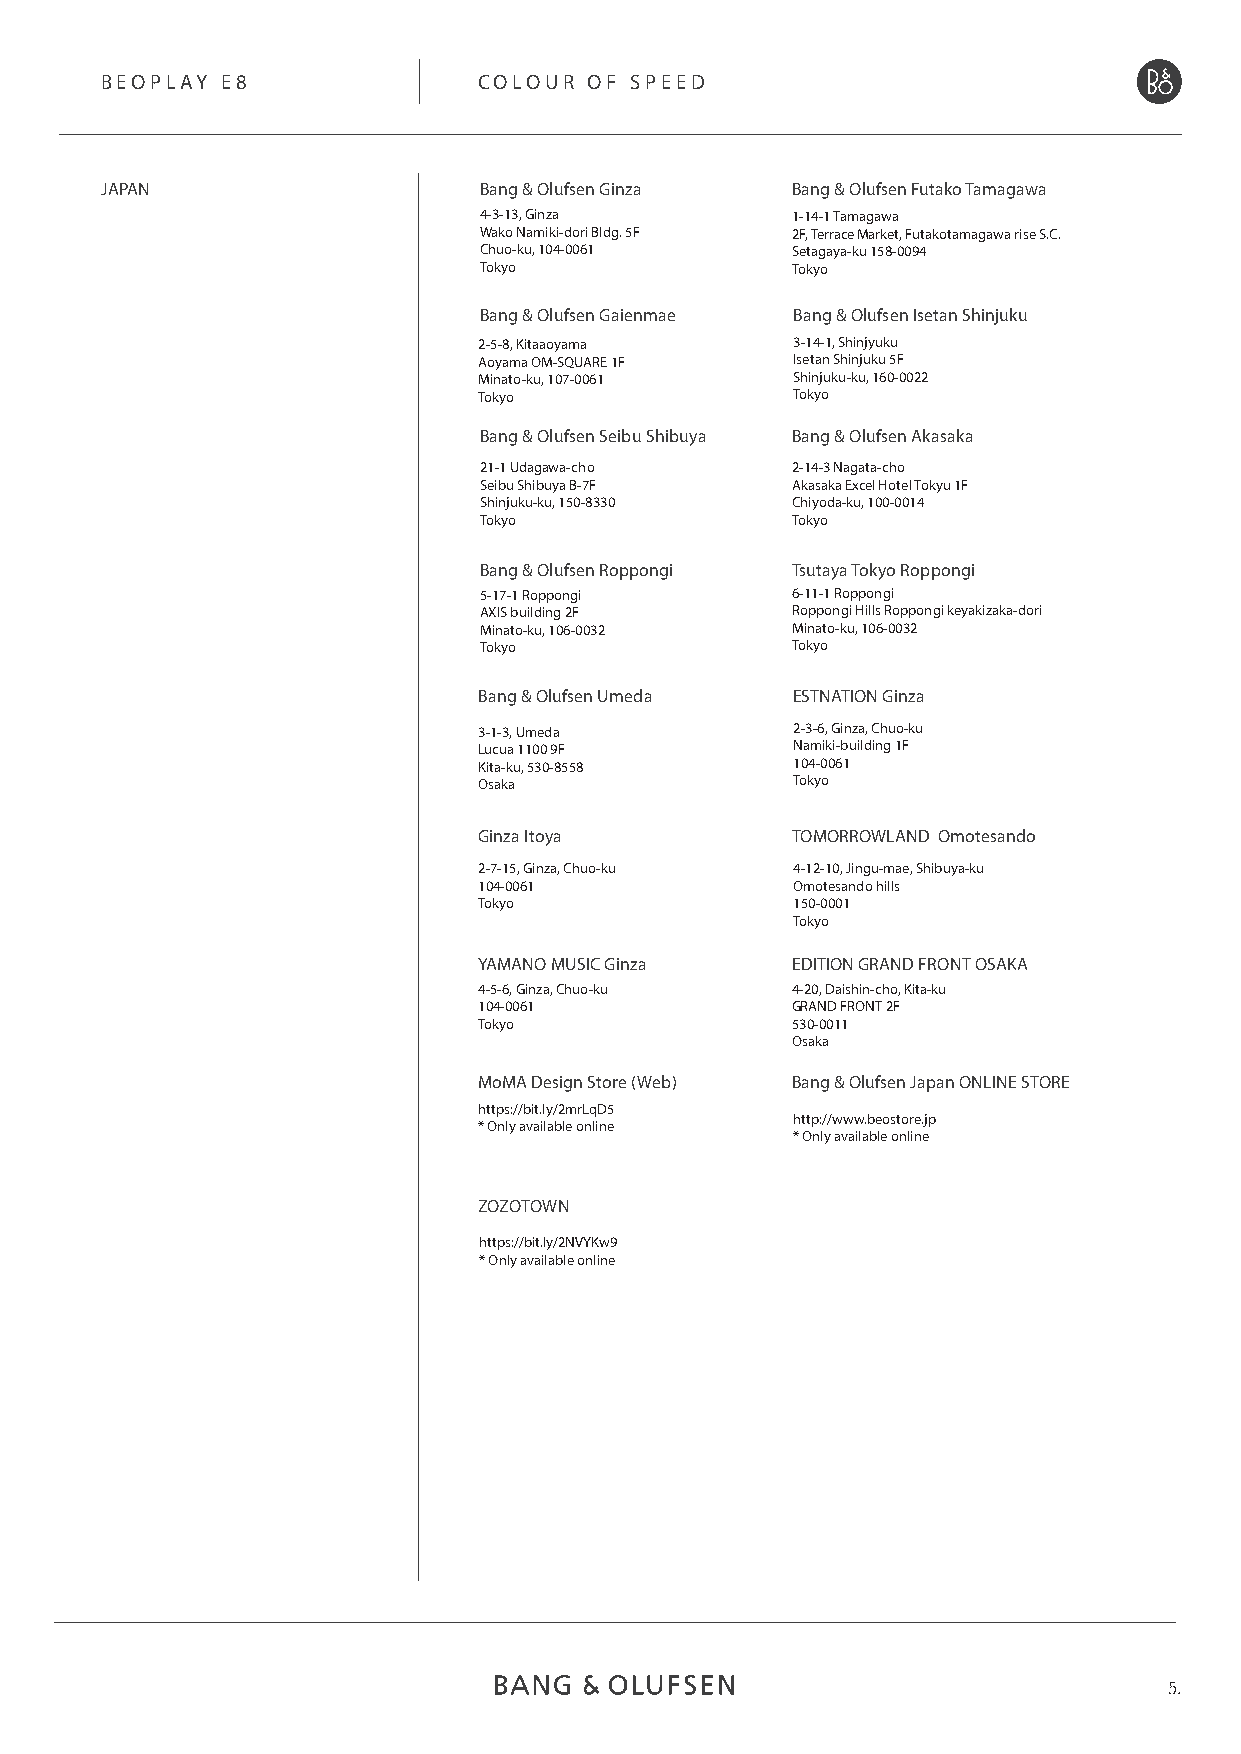
BEOPLAY E8               COLOUR OF SPEED
 JAPAN                    Bang & Olufsen Ginza Bang & Olufsen Futako Tamagawa
 4-3-13, Ginza       1-14-1 Tamagawa
 Wako Namiki-dori Bldg. 5F 2F, Terrace Market, Futakotamagawa rise S.C.
 Chuo-ku, 104-0061   Setagaya-ku 158-0094
 Tokyo               Tokyo
 Bang & Olufsen Gaienmae Bang & Olufsen Isetan Shinjuku
 2-5-8, Kitaaoyama   3-14-1, Shinjyuku
 Aoyama OM-SQUARE 1F Isetan Shinjuku 5F
 Minato-ku, 107-0061 Shinjuku-ku, 160-0022
 Tokyo               Tokyo
 Bang & Olufsen Seibu Shibuya Bang & Olufsen Akasaka
 21-1 Udagawa-cho    2-14-3 Nagata-cho
 Seibu Shibuya B-7F  Akasaka Excel Hotel Tokyu 1F
 Shinjuku-ku, 150-8330 Chiyoda-ku, 100-0014
 Tokyo               Tokyo
 Bang & Olufsen Roppongi Tsutaya Tokyo Roppongi
 5-17-1 Roppongi     6-11-1 Roppongi
 AXIS building 2F    Roppongi Hills Roppongi keyakizaka-dori
 Minato-ku, 106-0032 Minato-ku, 106-0032
 Tokyo               Tokyo
 Bang & Olufsen Umeda ESTNATION Ginza
 3-1-3, Umeda        2-3-6, Ginza, Chuo-ku
 Lucua 1100 9F       Namiki-building 1F
 Kita-ku, 530-8558   104-0061
 Osaka               Tokyo
 Ginza Itoya         TOMORROWLAND Omotesando
 2-7-15, Ginza, Chuo-ku 4-12-10, Jingu-mae, Shibuya-ku
 104-0061            Omotesando hills
 Tokyo               150-0001
 Tokyo
 YAMANO MUSIC Ginza  EDITION GRAND FRONT OSAKA
 4-5-6, Ginza, Chuo-ku 4-20, Daishin-cho, Kita-ku
 104-0061            GRAND FRONT 2F
 Tokyo               530-0011
 Osaka
 MoMA Design Store (Web) Bang & Olufsen Japan ONLINE STORE
 https://bit.ly/2mrLqD5
 http://www.beostore.jp
 * Only available online
 * Only available online
 ZOZOTOWN
 https://bit.ly/2NVYKw9
 * Only available online
 5.